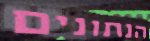
הנתונים